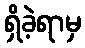
ရှိခဲ့ရာမှ